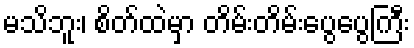
မသိဘူး၊ စိတ်ထဲမှာ တိမ်းတိမ်းပွေပွေကြီး